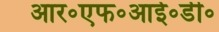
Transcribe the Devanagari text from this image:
आर॰एफ॰आई॰डी॰